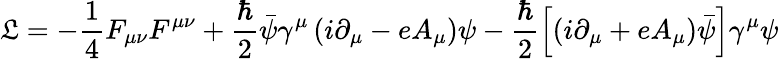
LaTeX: {\cal\mathfrak{L}}=-\frac{{1}}{{4}}F_{\mu\nu}F^{\mu\nu}+\frac{{\hbar}}{{2}}\bar{{\psi}}\gamma^{\mu}\left(i\partial_{\mu}-eA_{\mu}\right)\psi-\frac{{\hbar}}{{2}}\left[\left(i\partial_{\mu}+eA_{\mu}\right)\bar{{\psi}}\right]\gamma^{\mu}\psi